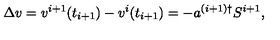
\Delta v = v ^ { i + 1 } ( t _ { i + 1 } ) - v ^ { i } ( t _ { i + 1 } ) = - a ^ { ( i + 1 ) \dagger } S ^ { i + 1 } ,